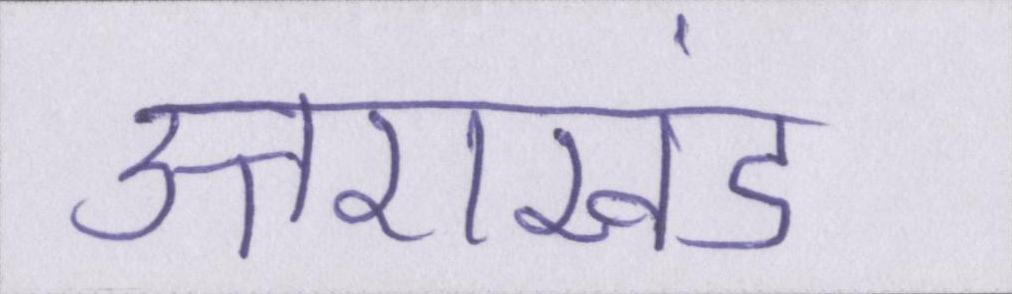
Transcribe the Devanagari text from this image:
उत्तराखंड